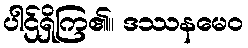
ပါဌ်ရှိကြ၏။ ဒဿနမေဝ